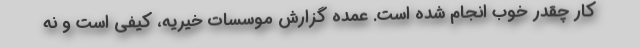
کار چقدر خوب انجام شده است. عمده گزارش موسسات خیریه، کیفی است و نه